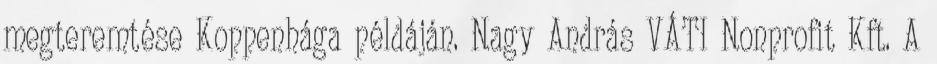
megteremtése Koppenhága példáján. Nagy András VÁTI Nonprofit Kft. A